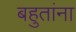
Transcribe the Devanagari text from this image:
बहुतांना